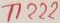
Text: T1222